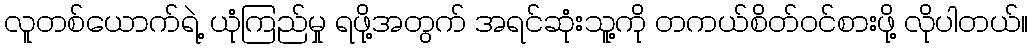
လူတစ်ယောက်ရဲ့ ယုံကြည်မှု ရဖို့အတွက် အရင်ဆုံးသူ့ကို တကယ်စိတ်ဝင်စားဖို့ လိုပါတယ်။